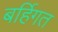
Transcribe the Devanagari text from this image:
बर्हिगत